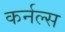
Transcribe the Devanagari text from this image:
कर्नल्स